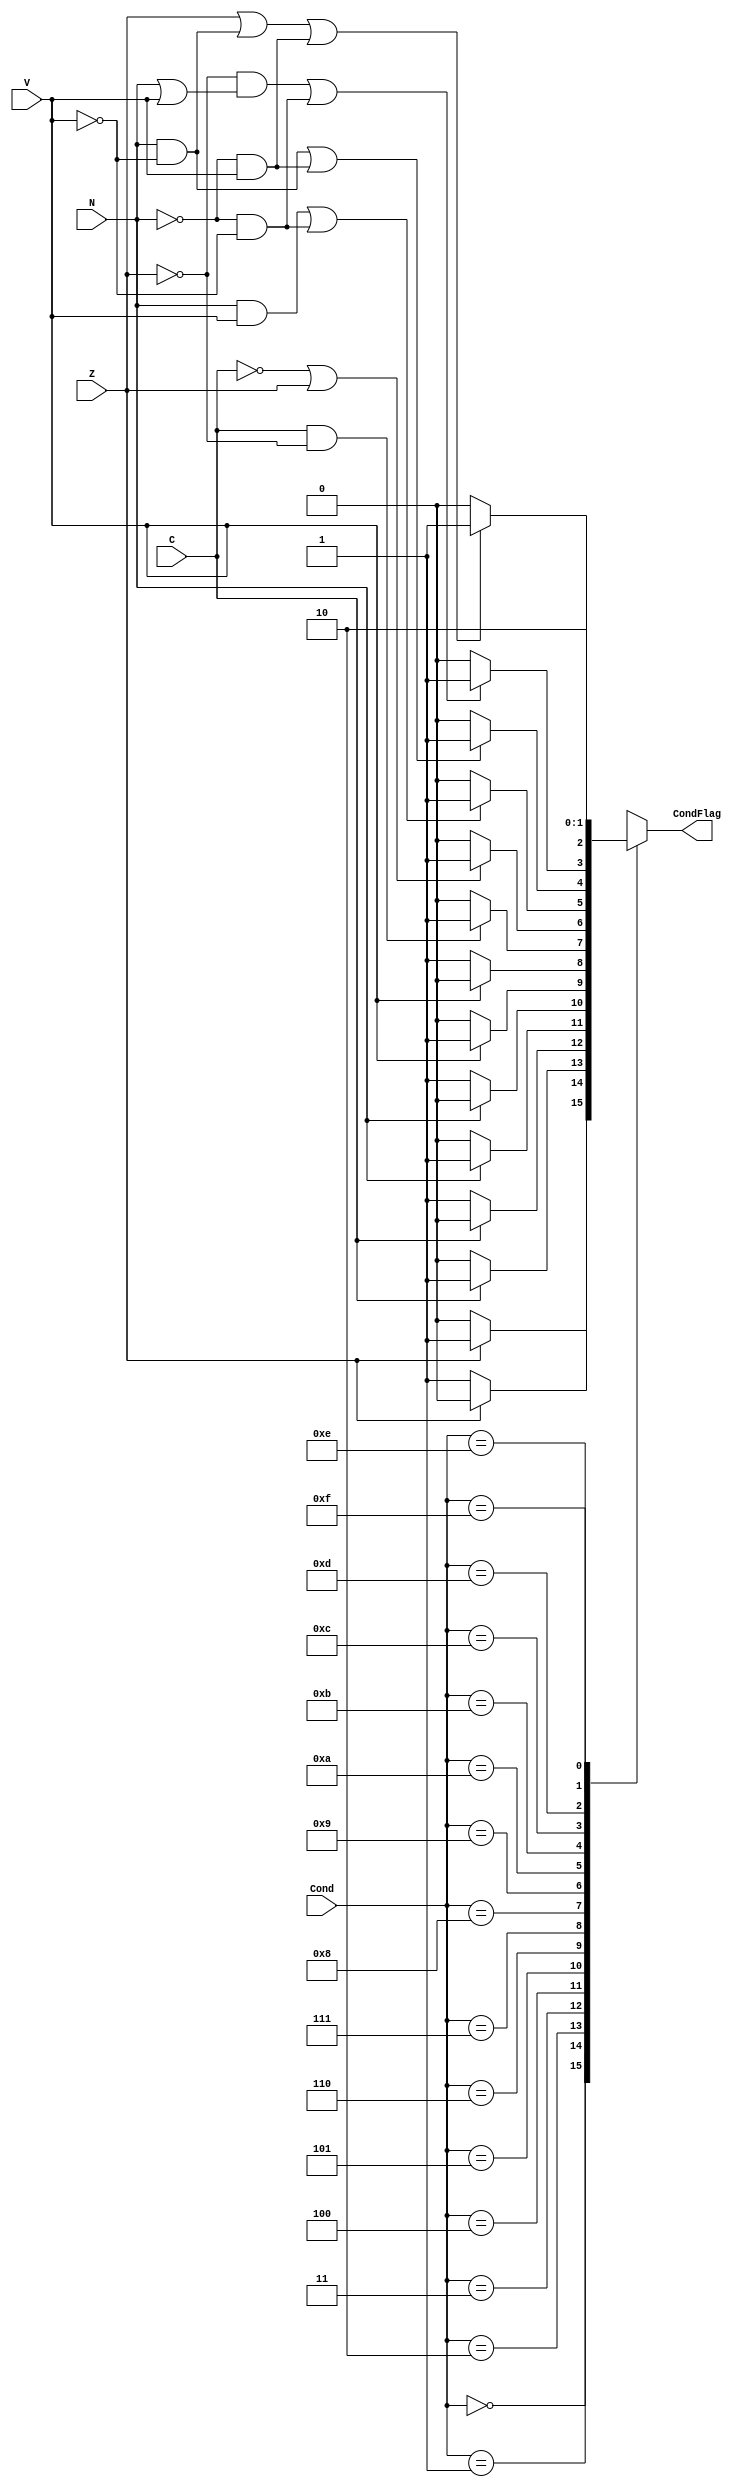
module ConditionCheck(input [3:0] Cond,
                      input Z, C , N, V,
                      output reg CondFlag);

parameter [3:0] EQ = 4'b0000,NE=4'b0001,CS_HS=4'b0010,CC_LO=4'b0011,MI=4'b0100,PL=4'b0101,VS=4'b0110,
                VC=4'b0111 , HI=4'b1000,LS=4'b1001,GE=4'b1010,LT=4'b1011,GT=4'b1100,LE=4'b1101,AL=4'b1110, 
                NOP=4'b1111;

 always @(Cond,Z,C,N,V) begin
    case (Cond)
        EQ: CondFlag = Z ? 1'b1 : 1'b0;
        NE: CondFlag = ~Z ? 1'b1 : 1'b0;
        CS_HS: CondFlag = C ? 1'b1 : 1'b0;
        CC_LO: CondFlag = ~C ? 1'b1 : 1'b0;
        MI: CondFlag = N ? 1'b1 : 1'b0;
        PL: CondFlag = ~N ? 1'b1 : 1'b0;
        VS: CondFlag = V ? 1'b1 : 1'b0;
        VC: CondFlag= ~V ? 1'b1 : 1'b0;
        HI: CondFlag= (C&~Z) ? 1'b1 : 1'b0;
        LS: CondFlag= (~C|Z) ? 1'b1 : 1'b0;
        GE: CondFlag= ((N&V)|(~N&~V)) ? 1'b1 : 1'b0;
        LT: CondFlag= ((N&~V)|(~N&V)) ? 1'b1 : 1'b0;
        GT: CondFlag= ((~Z&(N|V))|(~N&~V)) ? 1'b1 : 1'b0;
        LE: CondFlag= ((Z|(N&~V))|(~N&V)) ? 1'b1 : 1'b0;
        AL: CondFlag=1'b1;
        NOP: CondFlag=1'b0;
        default:CondFlag=1'b0; 
    endcase
    
 end   





endmodule